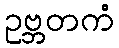
ဥဗ္ဘတကံ